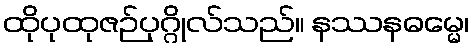
ထိုပုထုဇဉ်ပုဂ္ဂိုလ်သည်။ နဿနဓမ္မေ၊